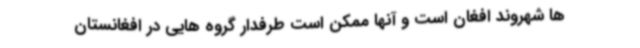
ها شهروند افغان است و آنها ممکن است طرفدار گروه هایی در افغانستان